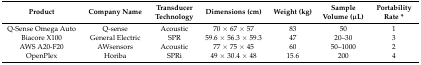
| Product | Company Name | Transducer Technology | Dimensions (cm) | Weight (kg) | Sample Volume (μL) | Portability Rate * |
 | --- | --- | --- | --- | --- | --- | --- |
 | Q-Sense Omega Auto | Q-sense | Acoustic | 70 × 67 × 57 | 83 | 50 | 1 |
 | Biacore X100 | General Electric | SPR | 59.6 × 56.3 × 59.3 | 47 | 20–30 | 3 |
 | AWS A20-F20 | AWsensors | Acoustic | 77 × 75 × 45 | 60 | 50–1000 | 2 |
 | OpenPlex | Horiba | SPRi | 49 × 30.4 × 48 | 15.6 | 200 | 4 |